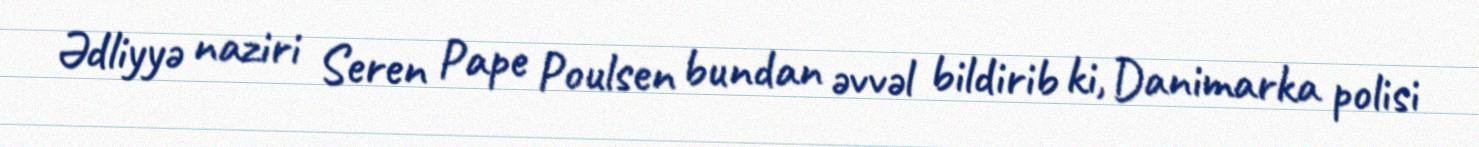
Ədliyyə naziri Seren Pape Poulsen bundan əvvəl bildirib ki, Danimarka polisi